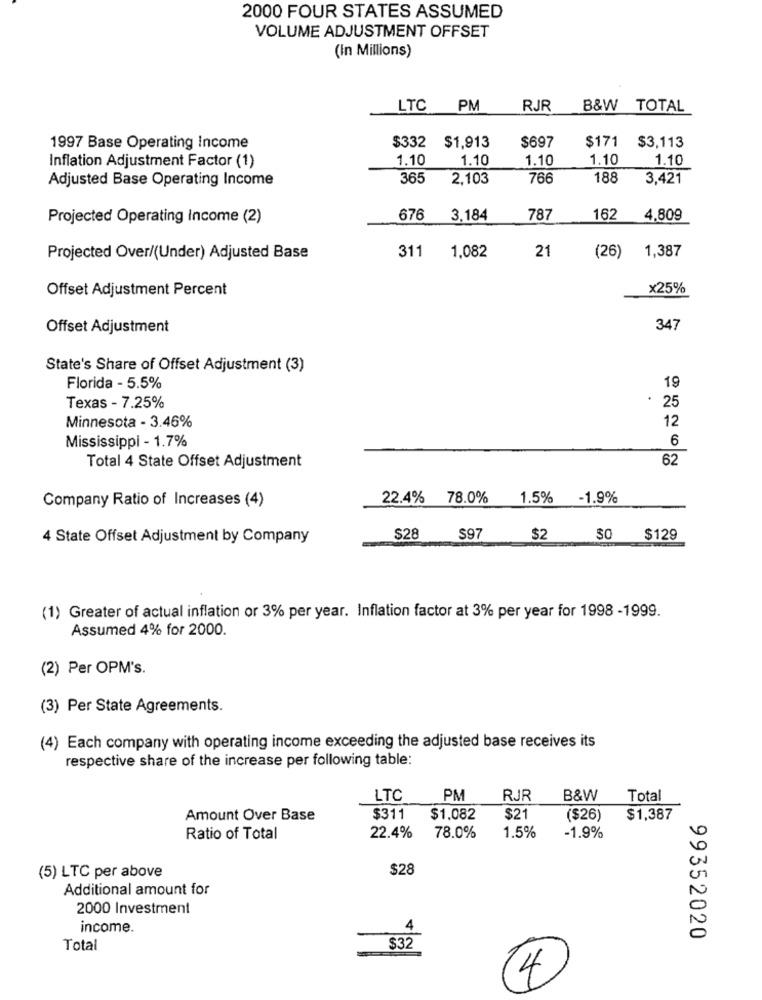
2000 FOUR STATES ASSUMED
VOLUME ADJUSTMENT OFFSET
(In Millions)
LTC
PM
RJR
B&W TOTAL
$332
$1,913
$697
$3,113
1997 Base Operating Income
$171
1.10
1.10
1.10
1.10
1.10
Inflation Adjustment Factor (1)
Adjusted Base Operating Income
365
2,103
766
188
3,421
Projected Operating Income (2)
676
3.184
787
162
4,809
311
21
1,387
Projected Over/(Under) Adjusted Base
1,082
(26)
Offset Adjustment Percent
x25%
Offset Adjustment
347
State's Share of Offset Adjustment (3)
Florida - 5.5%
19
Texas - 7.25%
. 25
12
Minnesota - 3.46%
Mississippi - 1.7%
6
Total 4 State Offset Adjustment
62
Company Ratio of Increases (4)
22.4% 78.0%
1.5% -1.9%
4 State Offset Adjustment by Company
$28
$97
$2
SO
$129
(1) Greater of actual inflation or 3% per year. Inflation factor at 3% per year for 1998 -1999.
Assumed 4% for 2000.
(2) Per OPM's.
(3) Per State Agreements.
(4) Each company with operating income exceeding the adjusted base receives its
respective share of the increase per following table:
LTC
PM
RJR
B&W
Total
Amount Over Base
$311
$1.082
$21
($26)
$1,387
1.5%
Ratio of Total
22.4%
78.0%
-1.9%
(5) LTC per above
$28
Additional amount for
2000 Investment
income.
4
99352020
Total
$32
4